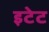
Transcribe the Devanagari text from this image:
इटेट